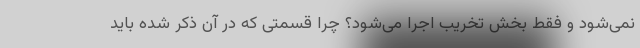
نمی‌شود و فقط بخش تخریب اجرا می‌شود؟ چرا قسمتی که در آن ذکر شده باید